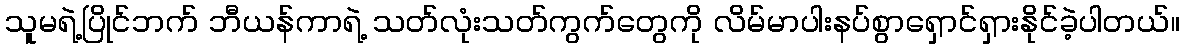
သူမရဲ့ပြိုင်ဘက် ဘီယန်ကာရဲ့ သတ်လုံးသတ်ကွက်တွေကို လိမ်မာပါးနပ်စွာရှောင်ရှားနိုင်ခဲ့ပါတယ်။